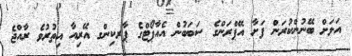
އަލަށް ބޭނުންކުރަން ފަށާ އޭޕްރަންގެ ސަބަބުން އެއާޕޯޓްގެ ޕާރކިންގ އޭރިއާ އިތުރުވެ ރާއްޖެ